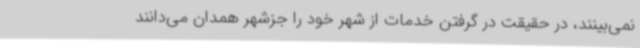
نمی‌بینند، در حقیقت در گرفتن خدمات از شهر خود را جزشهر همدان می‌دانند